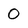
Character: 0